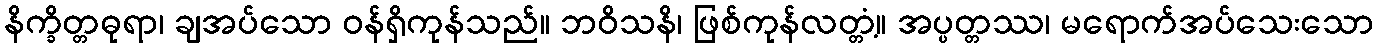
နိက္ခိတ္တဓုရာ၊ ချအပ်သော ဝန်ရှိကုန်သည်။ ဘဝိသနိ၊ ဖြစ်ကုန်လတ္တံ့။ အပ္ပတ္တဿ၊ မရောက်အပ်သေးသော